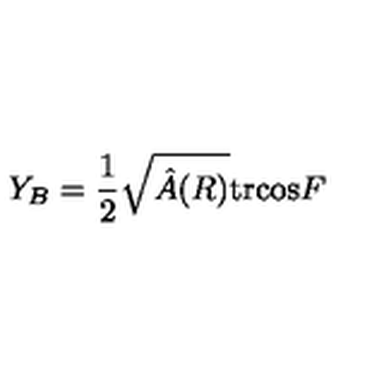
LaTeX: Y _ { B } = { \frac { 1 } { 2 } } \sqrt { \hat { A } ( R ) } \mathrm { t r } \mathrm { c o s } F